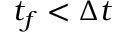
t _ { f } < \Delta t